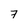
Character: 7